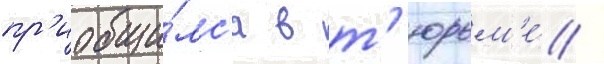
пр'иобщи́лс'я в т'юрьм'е́ /